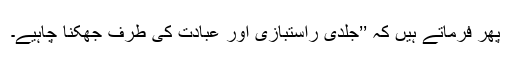
پھر فرماتے ہیں کہ ’’جلدی راستبازی اور عبادت کی طرف جھکنا چاہیے۔